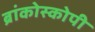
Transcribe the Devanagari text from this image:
ब्रांकोस्कोपी